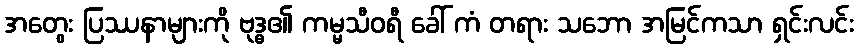
အတွေး ပြဿနာများကို ဗုဒ္ဓ၏ ကမ္မသီဝရီ ခေါ် ကံ တရား သဘော အမြင်ကသာ ရှင်းလင်း